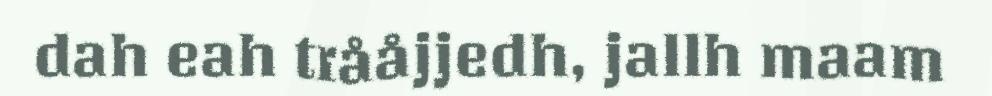
dah eah trååjjedh, jallh maam